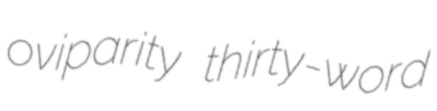
oviparity thirty-word